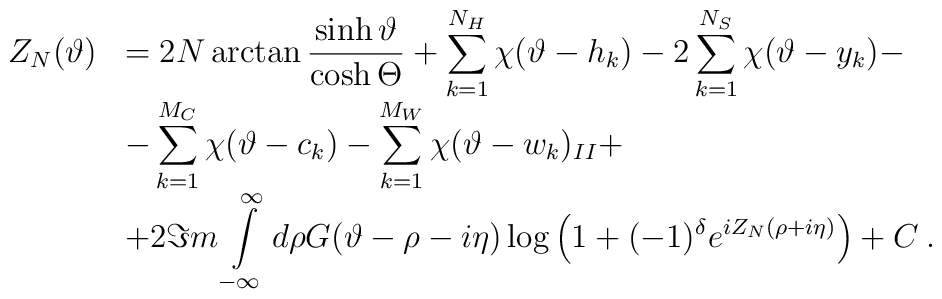
\begin{array}{rl}\displaystyle Z_{N}(\vartheta ) & =2N\arctan \displaystyle\frac{\sinh \vartheta }{\cosh \Theta }+\displaystyle\sum ^{N_{H}}_{k=1}\chi (\vartheta -h_{k})-2\displaystyle\sum ^{N_{S}}_{k=1}\chi (\vartheta -y_{k})-\\ & -\displaystyle\sum ^{M_{C}}_{k=1}\chi (\vartheta -c_{k})-\displaystyle\sum ^{M_{W}}_{k=1}\chi (\vartheta -w_{k})_{II}+\\ & +2\Im m\displaystyle\int\limits ^{\infty }_{-\infty }d\rho G(\vartheta -\rho -i\eta )\log \left( 1+(-1)^{\delta }e^{iZ_{N}(\rho +i\eta )}\right) +C\: .\end{array}